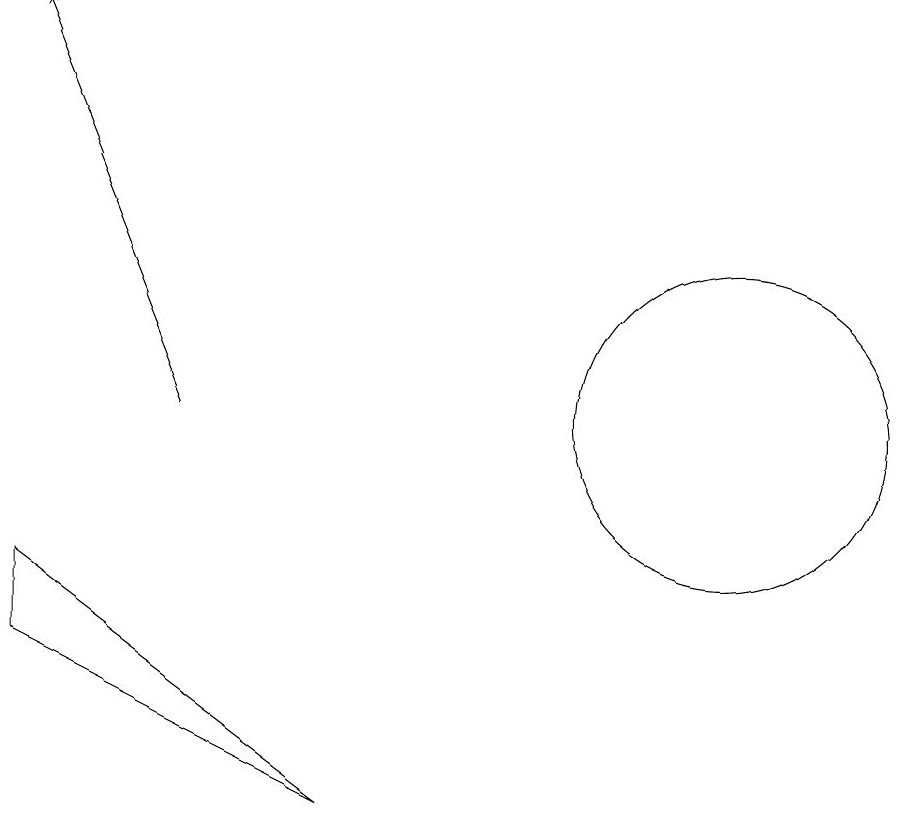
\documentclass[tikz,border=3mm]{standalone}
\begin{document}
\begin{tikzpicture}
\draw (11,10) circle (2);
\draw (2,8) -- (6,5) -- (2,7) -- cycle;
\draw[->] (4,10) -- (2,15);
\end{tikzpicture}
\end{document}